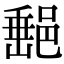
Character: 𨜲